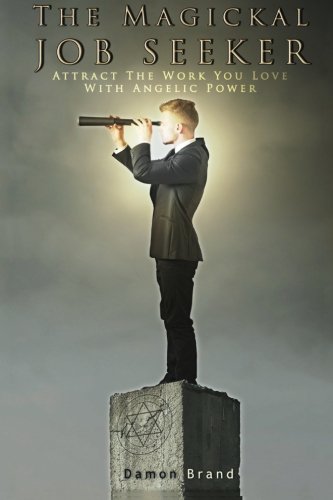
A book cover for The Magickal Job Seeker: Attract The Work You Love With Angelic Power; Damon Brand; Religion & Spirituality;